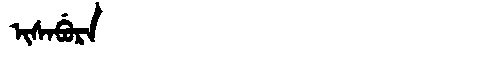
Manchu: ᡳᠰᠠᠪᡠᡵᠠ
Romanization: ISABURA